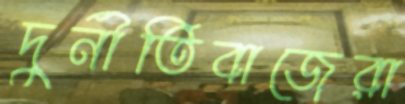
দুর্নীতিবাজেরা